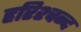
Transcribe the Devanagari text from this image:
हरिश्चन्द